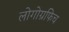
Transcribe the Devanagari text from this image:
लोगोग्रफिच